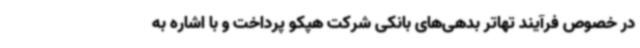
در خصوص فرآیند تهاتر بدهی‌های بانکی شرکت هپکو پرداخت و با اشاره به